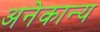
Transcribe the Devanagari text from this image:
अनेकान्य